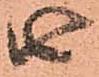
由